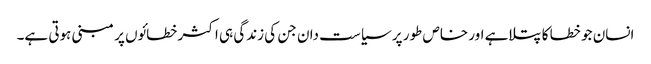
انسان جو خطا کا پتلاہے اور خاص طور پر سیاست دان جن کی زندگی ہی اکثر خطائوں پر مبنی ہوتی ہے۔